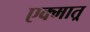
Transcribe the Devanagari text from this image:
एक्मात्र्